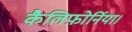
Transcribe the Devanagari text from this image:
कैलिफ़ोर्निया।